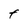
Character: F